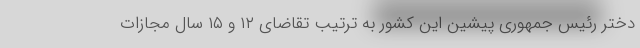
دختر رئیس جمهوری پیشین این کشور به ترتیب تقاضای ۱۲ و ۱۵ سال مجازات